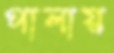
পালায়